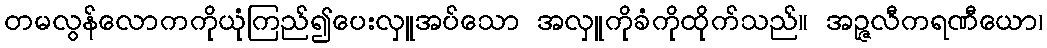
တမလွန်လောကကိုယုံကြည်၍ပေးလှူအပ်သော အလှူကိုခံကိုထိုက်သည်။ အဉ္ဇလီကရဏီယော၊